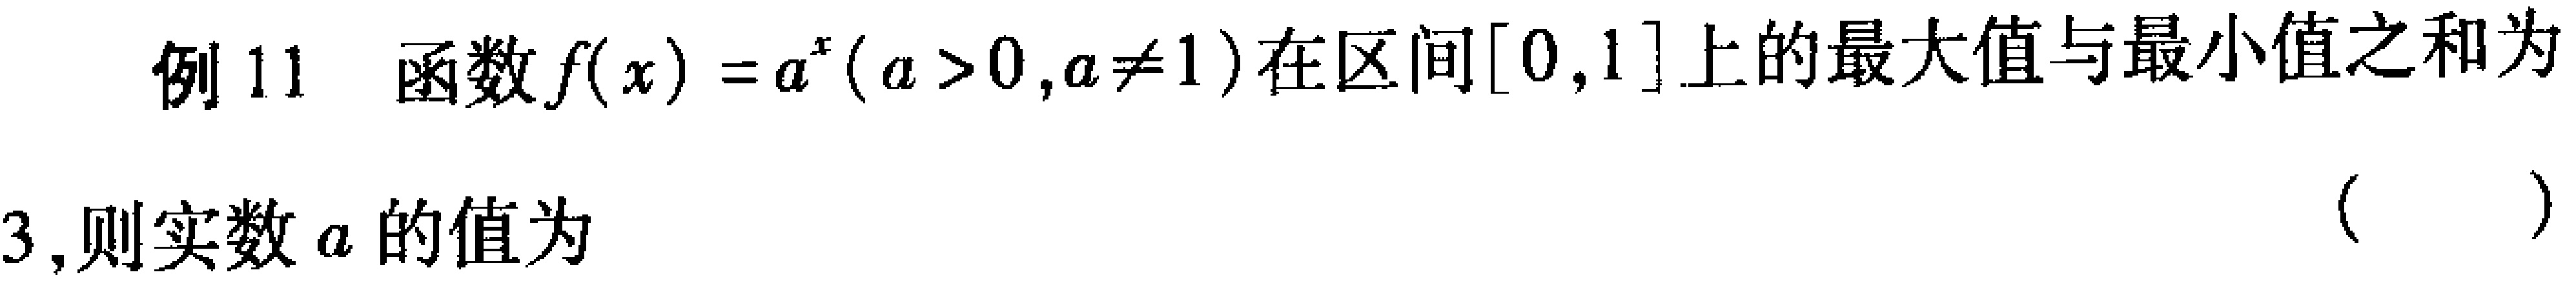
例 11 函数$f(x)=a^{x}(a > 0,a\neq1)$在区间$[0,1]$上的最大值与最小值之和为

3,则实数$a$的值为 （  ）